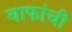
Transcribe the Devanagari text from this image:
वाफांची